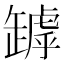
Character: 𦉑